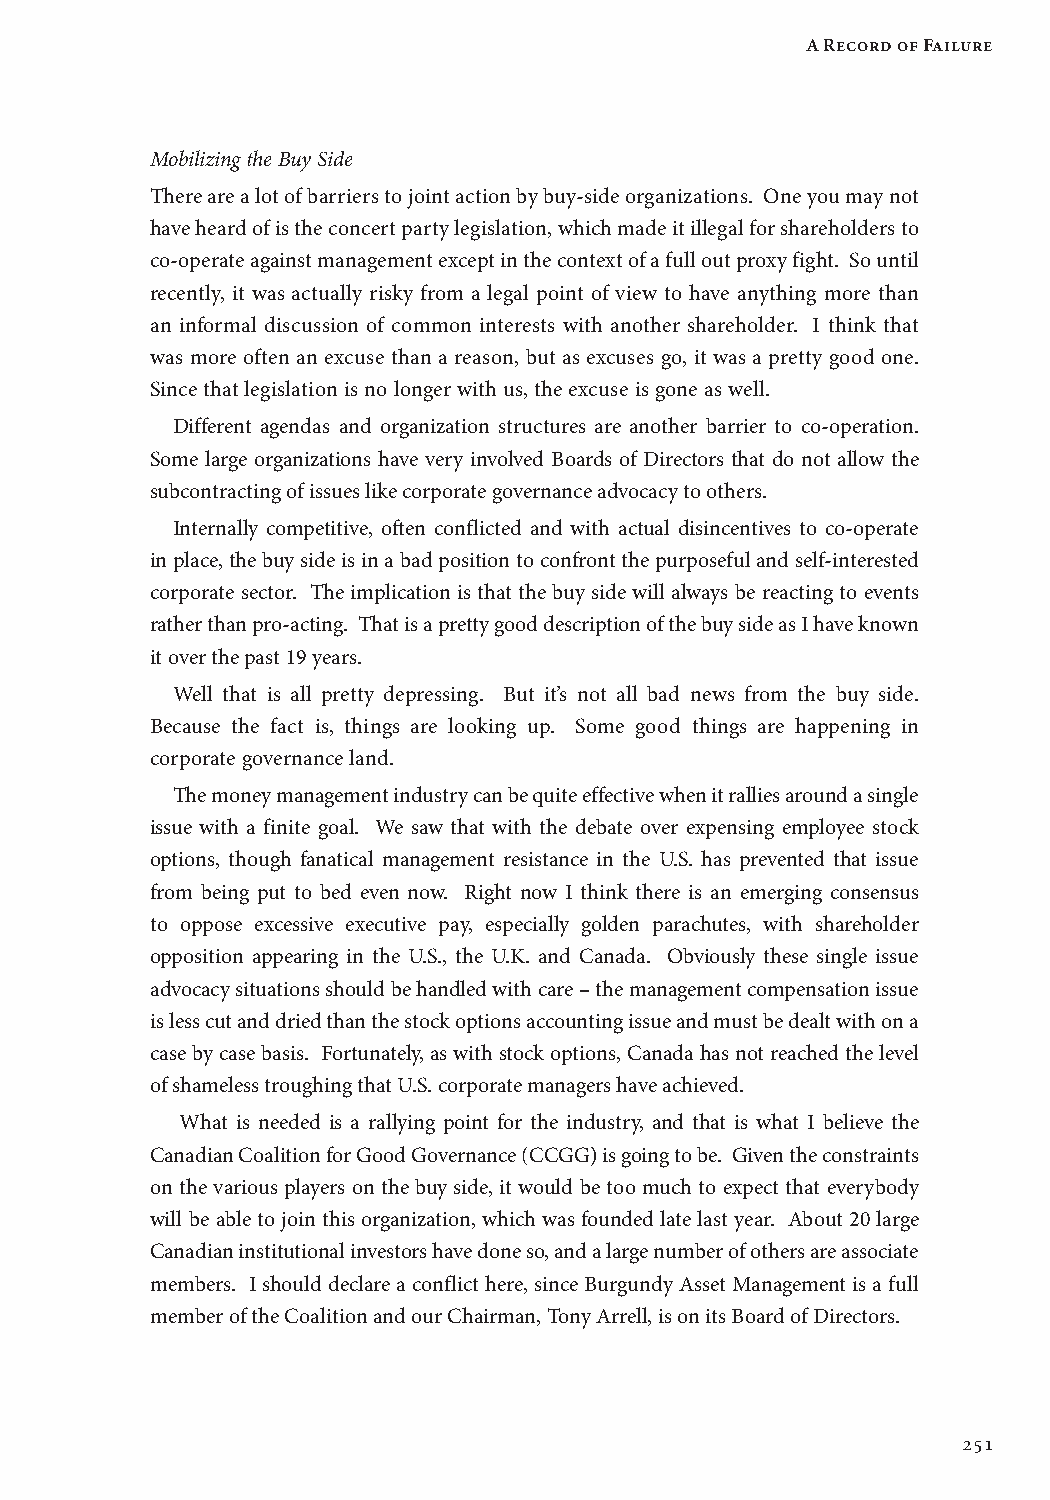
A Record of Failure
 Mobilizing the Buy Side
 There are a lot of barriers to joint action by buy-side organizations. One you may not
 have heard of is the concert party legislation, which made it illegal for shareholders to
 co-operate against management except in the context of a full out proxy fight. So until
 recently, it was actually risky from a legal point of view to have anything more than
 an informal discussion of common interests with another shareholder. I think that
 was more often an excuse than a reason, but as excuses go, it was a pretty good one.
 Since that legislation is no longer with us, the excuse is gone as well.
 Different agendas and organization structures are another barrier to co-operation.
 Some large organizations have very involved Boards of Directors that do not allow the
 subcontracting of issues like corporate governance advocacy to others.
 Internally competitive, often conflicted and with actual disincentives to co-operate
 in place, the buy side is in a bad position to confront the purposeful and self-interested
 corporate sector. The implication is that the buy side will always be reacting to events
 rather than pro-acting. That is a pretty good description of the buy side as I have known
 it over the past 19 years.
 Well that is all pretty depressing. But it’s not all bad news from the buy side.
 Because the fact is, things are looking up. Some good things are happening in
 corporate governance land.
 The money management industry can be quite effective when it rallies around a single
 issue with a finite goal. We saw that with the debate over expensing employee stock
 options, though fanatical management resistance in the U.S. has prevented that issue
 from being put to bed even now. Right now I think there is an emerging consensus
 to oppose excessive executive pay, especially golden parachutes, with shareholder
 opposition appearing in the U.S., the U.K. and Canada. Obviously these single issue
 advocacy situations should be handled with care – the management compensation issue
 is less cut and dried than the stock options accounting issue and must be dealt with on a
 case by case basis. Fortunately, as with stock options, Canada has not reached the level
 of shameless troughing that U.S. corporate managers have achieved.
 What is needed is a rallying point for the industry, and that is what I believe the
 Canadian Coalition for Good Governance (CCGG) is going to be. Given the constraints
 on the various players on the buy side, it would be too much to expect that everybody
 will be able to join this organization, which was founded late last year. About 20 large
 Canadian institutional investors have done so, and a large number of others are associate
 members. I should declare a conflict here, since Burgundy Asset Management is a full
 member of the Coalition and our Chairman, Tony Arrell, is on its Board of Directors.
 251